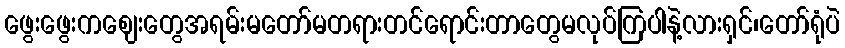
ဖွေးဖွေးကဈေးတွေအရမ်းမတော်မတရားတင်ရောင်းတာတွေမလုပ်ကြပါနဲ့လားရှင်၊တော်ရုံပဲ